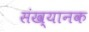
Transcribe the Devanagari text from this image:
संख्यानक